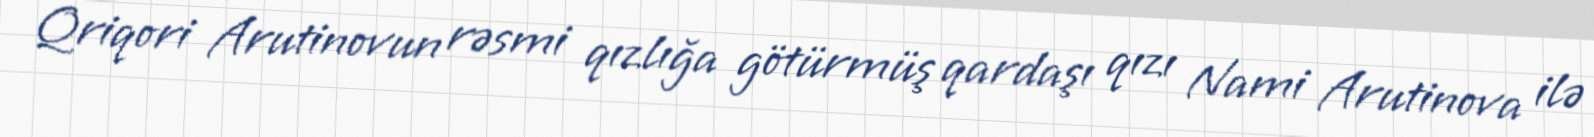
Qriqori Arutinovun rəsmi qızlığa götürmüş qardaşı qızı Nami Arutinova ilə